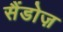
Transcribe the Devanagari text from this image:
सैंडोज़